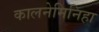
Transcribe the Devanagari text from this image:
कालनेमिनिहा